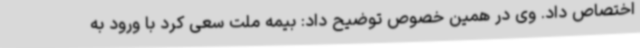
اختصاص داد. وی در همین خصوص توضیح داد: بیمه ملت سعی کرد با ورود به